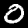
Label: 0